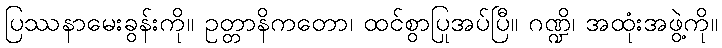
ပြဿနာမေးခွန်းကို။ ဥတ္တာနိကတော၊ ထင်စွာပြုအပ်ပြီ။ ဂဏ္ဍိ၊ အထုံးအဖွဲ့ကို။